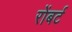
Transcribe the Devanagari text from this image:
रोंबर्ट